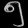
Digit: ၅